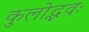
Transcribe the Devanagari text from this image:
कुलोद्भवः